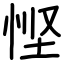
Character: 悭